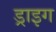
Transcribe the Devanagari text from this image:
ड्राइग